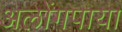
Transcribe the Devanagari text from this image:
अलोंगपाया